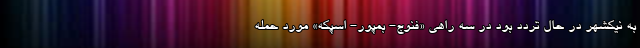
به نیکشهر در حال تردد بود در سه راهی «فنوج- بمپور- اسپکه» مورد حمله